Report on sanitation, dispensaries, and jails in Rajputana for 1910, and on vaccination for the year 1910-1911 - 1910-1911
Year: 1910
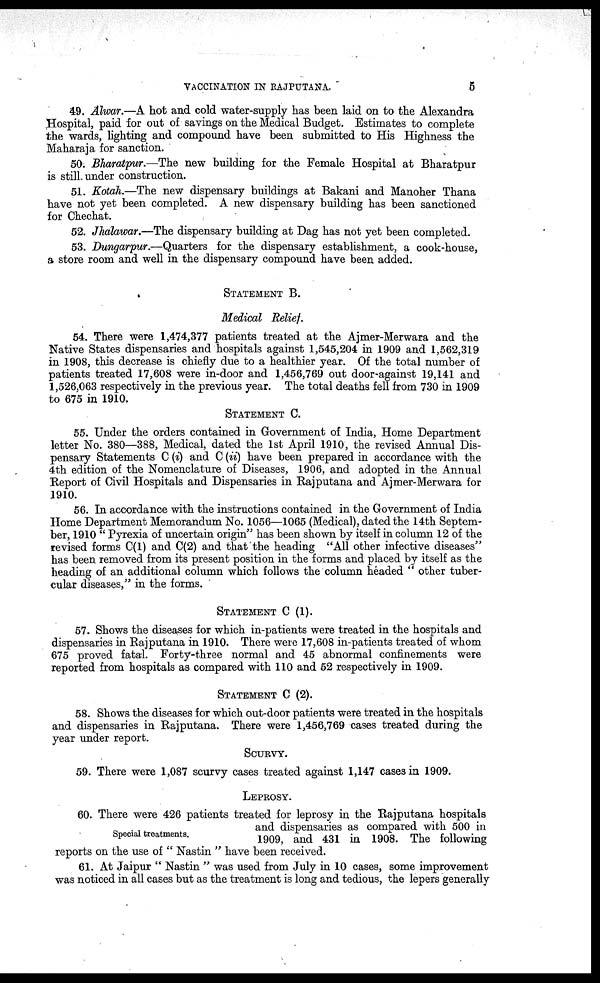
VACCINATION IN RAJPUTANA.
5
49. Alwar.—A hot and cold water-supply has been laid on to the Alexandra
Hospital, paid for out of savings on the Medical Budget. Estimates to complete
the wards, lighting and compound have been submitted to His Highness the
Maharaja for sanction.
50. Bharatpur.—The new building for the Female Hospital at Bharatpur
is still under construction.
51. Kotah.—The new dispensary buildings at Bakani and Manoher Thana
have not yet been completed. A new dispensary building has been sanctioned
for Chechat.
52. Jhalawar.—The dispensary building at Dag has not yet been completed.
53. Dungarpur.—Quarters
for the dispensary establishment, a cook-house,
a store room and well in the dispensary compound have been added.
STATEMENT B.
Medical Relief.
54. There were 1,474,377 patients treated at the Ajmer-Merwara and the
Native States dispensaries and hospitals against 1,545,204 in 1909 and 1,562,319
in 1908, this decrease is chiefly due to a healthier year. Of the total number of
patients treated 17,608 were in-door and 1,456,769 out door-against 19,141 and
1,526,063 respectively in the previous year. The total deaths fell from 730 in 1909
to 675 in 1910.
STATEMENT C.
55. Under the orders contained in Government of India, Home Department
letter No. 380—388, Medical, dated the 1st April 1910, the revised Annual Dis-
pensary Statements C (i) and C (ii) have been prepared in accordance with the
4th edition of the Nomenclature of Diseases, 1906, and adopted in the Annual
Report of Civil Hospitals and Dispensaries in Rajputana and Ajmer-Merwara for
1910.
56. In accordance with the instructions contained in the Government of India
Home Department Memorandum No. 1056—1065 (Medical), dated the 14th Septem-
ber, 1910 " Pyrexia of uncertain origin" has been shown by itself in column 12 of the
revised forms C(1) and C(2) and that the heading "All other infective diseases"
has been removed from its present position in the forms and placed by itself as the
heading of an additional column which follows the column headed " other tuber-
cular diseases," in the forms.
STATEMENT C (1).
57. Shows the diseases for which in-patients were treated in the hospitals and
dispensaries in Rajputana in 1910. There were 17,608 in-patients treated of whom
675 proved fatal. Forty-three normal and 45 abnormal confinements were
reported from hospitals as compared with 110 and 52 respectively in 1909.
STATEMENT C (2).
58. Shows the diseases for which out-door patients were treated in the hospitals
and dispensaries in Rajputana. There were 1,456,769 cases treated during the
year under report.
SCURVY.
59. There were 1,087 scurvy cases treated against 1,147 cases in 1909.
LEPROSY.
Special treatments.
60. There were 426 patients treated for leprosy in the Rajputana hospitals
and dispensaries as compared with 500 in
1909, and 431 in 1908. The following
reports on the use of " Nastin " have been received.
61. At Jaipur " Nastin " was used from July in 10 cases, some improvement
was noticed in all cases but as the treatment is long and tedious, the lepers generally